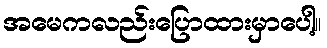
အမေကလည်းပြောထားမှာပေါ့။